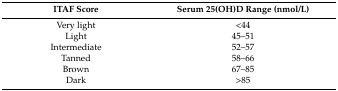
<table><thead><tr><td><b>ITAF Score</b></td><td><b>Serum 25(OH)D Range (nmol/L)</b></td></tr></thead><tbody><tr><td>Very light</td><td>&lt;44</td></tr><tr><td>Light </td><td>45–51 </td></tr><tr><td>Intermediate</td><td>52–57 </td></tr><tr><td>Tanned</td><td>58–66</td></tr><tr><td>Brown</td><td>67–85 </td></tr><tr><td>Dark</td><td>&gt;85 </td></tr></tbody></table>